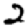
Digit: 2